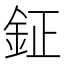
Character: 鉦